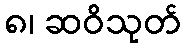
၈၊ ဆဝိသုတ်